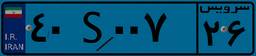
۱۳S۴۲۴۰۸